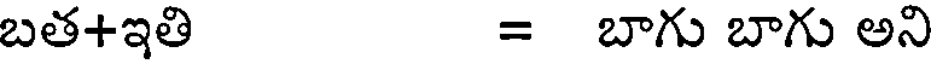
బత+ఇతి = బాగు బాగు అని